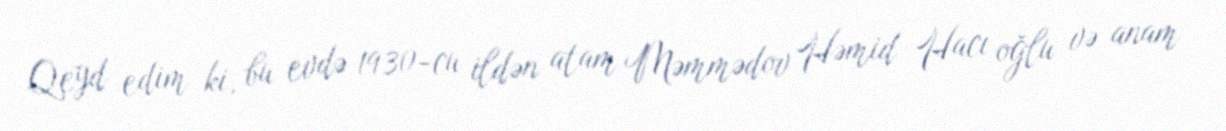
Qeyd edim ki, bu evdə 1930-cu ildən atam Məmmədov Həmid Hacı oğlu və anam